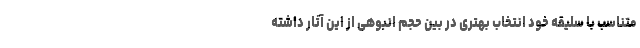
متناسب با سلیقه خود انتخاب بهتری در بین حجم انبوهی از این آثار داشته